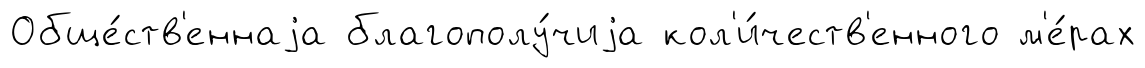
Обще́ств'еннаjа благополу́чиjа кол'и́честв'енного м'е́рах